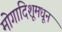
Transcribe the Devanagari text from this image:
मोगादिशूमधून